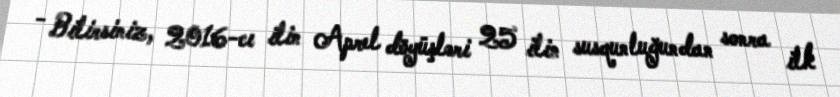
- Bilirsiniz, 2016-cı ilin Aprel döyüşləri 25 ilin susqunluğundan sonra ilk